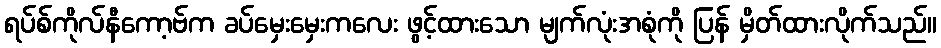
ရပ်စ်ကိုလ်နီကော့ဗ်က ခပ်မှေးမှေးကလေး ဖွင့်ထားသော မျက်လုံးအစုံကို ပြန် မှိတ်ထားလိုက်သည်။